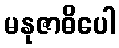
မနုဇာဓိပေါ